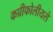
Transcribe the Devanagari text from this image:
कप्रीफोलीयसे